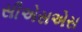
સીએસએસ